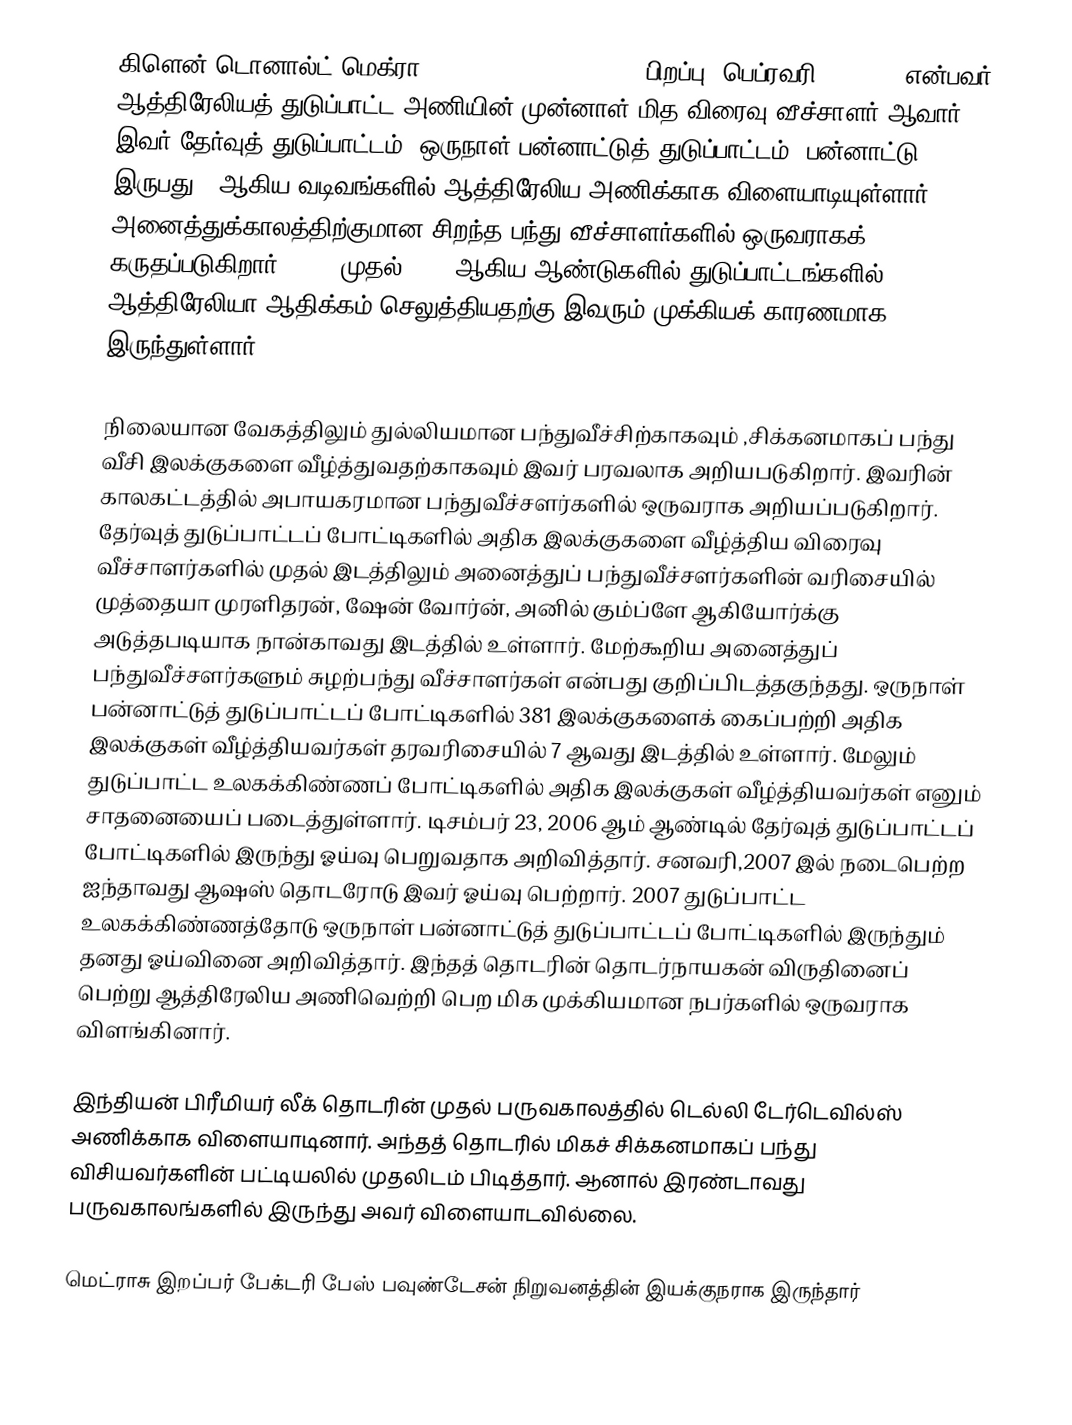
கிளென் டொனால்ட் மெக்ரா Glenn Donald McGrath  (; பிறப்பு: பெப்ரவரி 9, 1970) என்பவர் ஆத்திரேலியத் துடுப்பாட்ட அணியின் முன்னாள் மித  விரைவு வீச்சாளர் ஆவார். இவர் தேர்வுத் துடுப்பாட்டம், ஒருநாள் பன்னாட்டுத் துடுப்பாட்டம், பன்னாட்டு இருபது20 ஆகிய வடிவங்களில் ஆத்திரேலிய அணிக்காக விளையாடியுள்ளார். அனைத்துக்காலத்திற்குமான சிறந்த பந்து வீச்சாளர்களில் ஒருவராகக் கருதப்படுகிறார். 1990 முதல் 2000 ஆகிய ஆண்டுகளில் துடுப்பாட்டங்களில் ஆத்திரேலியா ஆதிக்கம் செலுத்தியதற்கு இவரும் முக்கியக் காரணமாக இருந்துள்ளார்.

நிலையான வேகத்திலும் துல்லியமான பந்துவீச்சிற்காகவும் ,சிக்கனமாகப் பந்து வீசி இலக்குகளை வீழ்த்துவதற்காகவும் இவர் பரவலாக அறியபடுகிறார். இவரின் காலகட்டத்தில் அபாயகரமான பந்துவீச்சளர்களில் ஒருவராக அறியப்படுகிறார். தேர்வுத் துடுப்பாட்டப் போட்டிகளில் அதிக  இலக்குகளை வீழ்த்திய விரைவு வீச்சாளர்களில் முதல் இடத்திலும் அனைத்துப் பந்துவீச்சளர்களின் வரிசையில் முத்தையா முரளிதரன், ஷேன் வோர்ன், அனில் கும்ப்ளே ஆகியோர்க்கு அடுத்தபடியாக நான்காவது இடத்தில் உள்ளார். மேற்கூறிய அனைத்துப் பந்துவீச்சளர்களும் சுழற்பந்து வீச்சாளர்கள் என்பது குறிப்பிடத்தகுந்தது. ஒருநாள் பன்னாட்டுத் துடுப்பாட்டப் போட்டிகளில் 381 இலக்குகளைக் கைப்பற்றி அதிக இலக்குகள் வீழ்த்தியவர்கள் தரவரிசையில் 7 ஆவது இடத்தில் உள்ளார். மேலும் துடுப்பாட்ட உலகக்கிண்ணப் போட்டிகளில் அதிக இலக்குகள் வீழ்த்தியவர்கள் எனும் சாதனையைப் படைத்துள்ளார். டிசம்பர் 23, 2006 ஆம் ஆண்டில் தேர்வுத் துடுப்பாட்டப் போட்டிகளில் இருந்து ஓய்வு பெறுவதாக அறிவித்தார். சனவரி,2007 இல் நடைபெற்ற ஐந்தாவது ஆஷஸ் தொடரோடு இவர் ஓய்வு பெற்றார். 2007 துடுப்பாட்ட உலகக்கிண்ணத்தோடு ஒருநாள் பன்னாட்டுத் துடுப்பாட்டப் போட்டிகளில் இருந்தும் தனது ஓய்வினை அறிவித்தார். இந்தத் தொடரின் தொடர்நாயகன் விருதினைப் பெற்று ஆத்திரேலிய அணிவெற்றி பெற மிக முக்கியமான நபர்களில் ஒருவராக விளங்கினார்.

இந்தியன் பிரீமியர் லீக் தொடரின் முதல் பருவகாலத்தில் டெல்லி டேர்டெவில்ஸ் அணிக்காக விளையாடினார். அந்தத் தொடரில் மிகச் சிக்கனமாகப் பந்து விசியவர்களின் பட்டியலில் முதலிடம் பிடித்தார். ஆனால் இரண்டாவது பருவகாலங்களில் இருந்து அவர் விளையாடவில்லை.

மெட்ராசு இறப்பர் பேக்டரி பேஸ் பவுண்டேசன்  நிறுவனத்தின் இயக்குநராக இருந்தார்